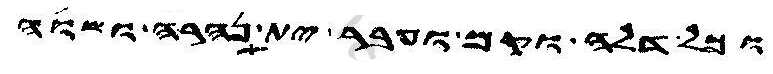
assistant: וכל דלה וקם ועבר ית נהרה ושוה